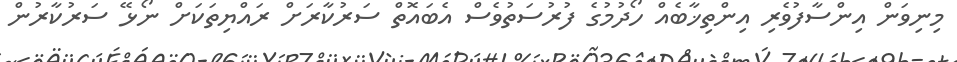
މިނިވަން އިންސާފުވެރި އިންތިޚާބެއް ހޯދުމުގެ ފުރުސަތުވެސް އެބައޮތް ސަރުކާރަށް ރައްޔިތަކަށް ނޯޅޭ ސަރުކާރުން